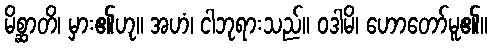
မိစ္ဆာတိ၊ မှား၏ဟု။ အဟံ၊ ငါဘုရားသည်။ ဝဒါမိ၊ ဟောတော်မူ၏။